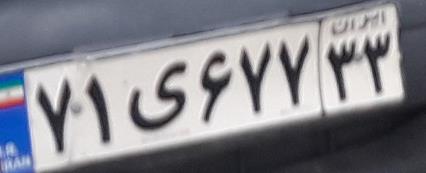
۷۱ی۶۷۷۳۳